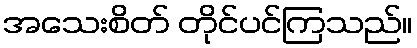
အသေးစိတ် တိုင်ပင်ကြသည်။